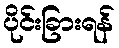
ပိုင်းခြားရန်